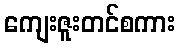
ကျေးဇူးတင်စကား